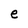
Character: e